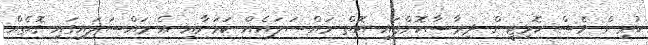
ކުރިން ވެސް ކޮމިޓީން ދިރާސާކޮށްފައި އޮތް މައްސަލައެއް ކަމަށާއި އެ މައްސަލައިގައި ގޮތެއް